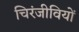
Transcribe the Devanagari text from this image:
चिरंजीवियों